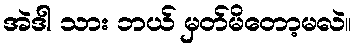
အဲဒါ သား ဘယ် မှတ်မိတော့မလဲ။